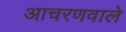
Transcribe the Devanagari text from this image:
आचरणवाले